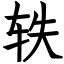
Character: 轶